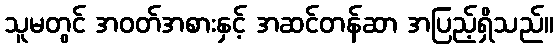
သူမတွင် အဝတ်အစားနှင့် အဆင်တန်ဆာ အပြည့်ရှိသည်။